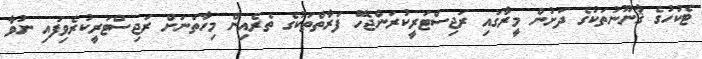
ޓެކުހުގެ ޤާނޫނުތަކުގެ ދަށުން މީރާގައި ރަޖިސްޓަރީކުރަންޖެހޭ ފަރާތްތަކުގެ ތެރެއިން މިހާތަނަށް ރަޖިސްޓަރީކުރެވިފައި ނުވާ